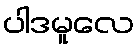
ပါဒမူလေ